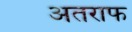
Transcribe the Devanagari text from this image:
अतराफ